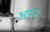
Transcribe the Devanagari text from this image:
अडेन